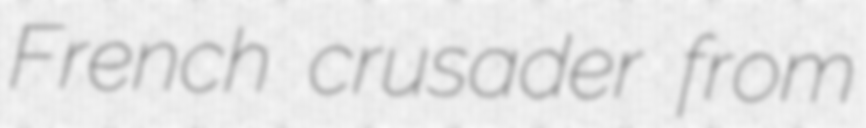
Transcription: French crusader from